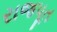
રાજપૂત